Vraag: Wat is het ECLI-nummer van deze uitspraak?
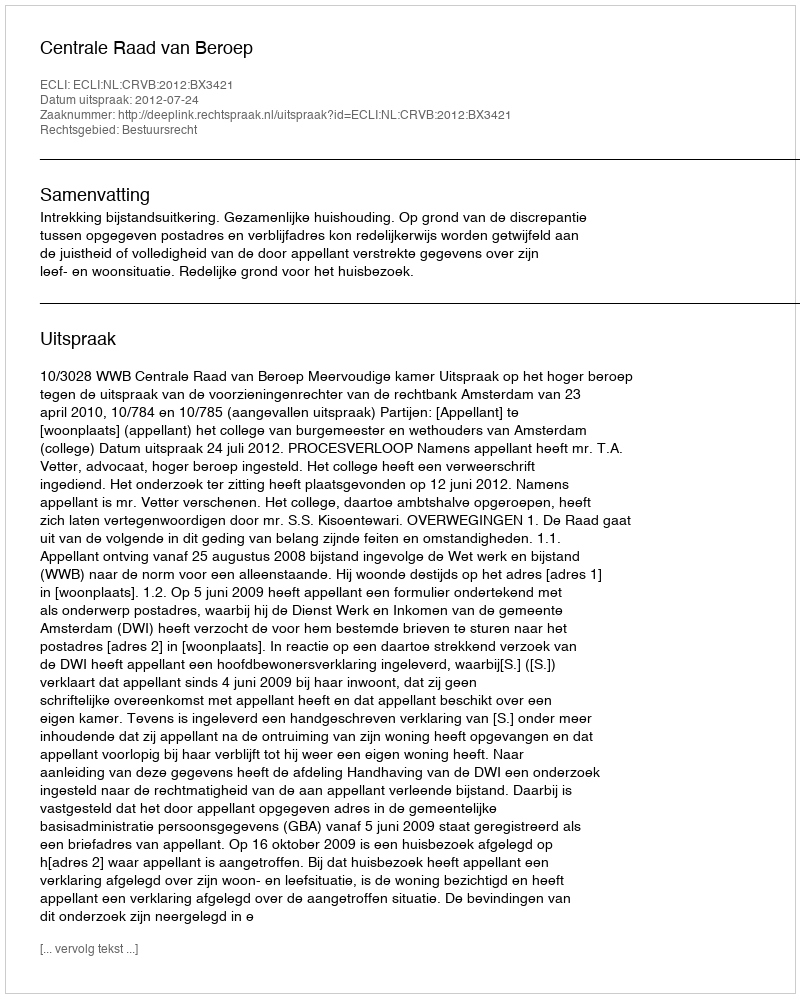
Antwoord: ECLI:NL:CRVB:2012:BX3421